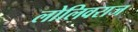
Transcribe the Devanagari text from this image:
लोलिवराज